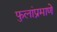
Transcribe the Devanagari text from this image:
फुलांप्रमाणे